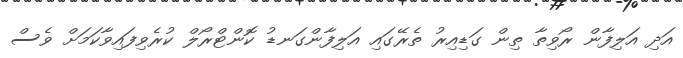
އަދި އަލިފާން ރޯވިތާ ތިން ގަޑިއިރު ތެރޭގައި އަލިފާންގަނޑު ކޮންޓްރޯލް ކުރެވިފައިވާކަމަށް ވެސް